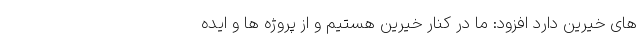
های خیرین دارد افزود: ما در کنار خیرین هستیم و از پروژه ها و ایده